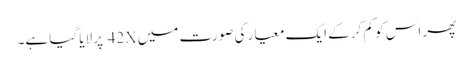
پھر اس کو کم کر کے ایک معیار کی صورت میں 42X پر لایا گیا ہے۔